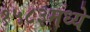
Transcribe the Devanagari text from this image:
१५८३मध्ये